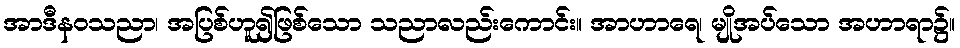
အာဒီနဝသညာ၊ အပြစ်ဟူ၍ဖြစ်သော သညာလည်းကောင်း။ အာဟာရေ၊ မျိုအပ်သော အဟာရာ၌။